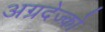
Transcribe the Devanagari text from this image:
अग्रदेज्को